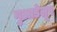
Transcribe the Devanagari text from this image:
गुआडेलूप